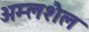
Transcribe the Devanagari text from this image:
अम्लशैल